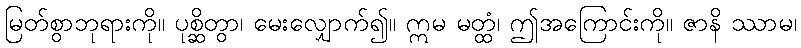
မြတ်စွာဘုရားကို။ ပုစ္ဆိတွာ၊ မေးလျှောက်၍။ ဣမ မတ္ထံ၊ ဤအကြောင်းကို။ ဇာနိ ဿာမ၊